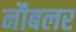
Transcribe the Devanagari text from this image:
नौबलर